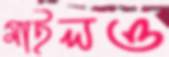
মাইলও